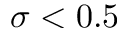
\sigma < 0 . 5